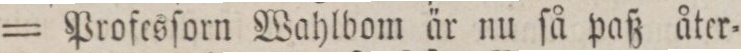
= Profesſorn Wahlbon är nu ſå paß åter=